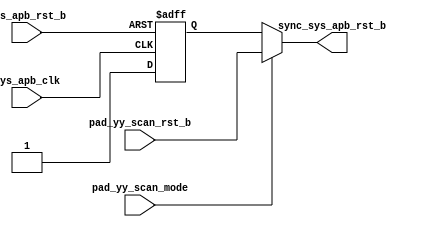
/*Copyright 2020-2021 T-Head Semiconductor Co., Ltd.

Licensed under the Apache License, Version 2.0 (the "License");
you may not use this file except in compliance with the License.
You may obtain a copy of the License at

    http://www.apache.org/licenses/LICENSE-2.0

Unless required by applicable law or agreed to in writing, software
distributed under the License is distributed on an "AS IS" BASIS,
WITHOUT WARRANTIES OR CONDITIONS OF ANY KIND, either express or implied.
See the License for the specific language governing permissions and
limitations under the License.
*/

module tdt_dmi_rst_top(
  sys_apb_clk,
  sys_apb_rst_b,
  pad_yy_scan_mode,
  pad_yy_scan_rst_b,
  sync_sys_apb_rst_b
                    );

  input sys_apb_clk;
  input sys_apb_rst_b;
  input pad_yy_scan_mode;
  input pad_yy_scan_rst_b;
  output sync_sys_apb_rst_b;

  wire sync_sys_apb_rst_b;
  wire async_apb_rst_b;
  reg sys_apb_rst_ff_1st;

assign async_apb_rst_b = sys_apb_rst_b;

always @(posedge sys_apb_clk or negedge async_apb_rst_b)
begin
  if (!async_apb_rst_b)
    sys_apb_rst_ff_1st <= 1'b0;
  else
    sys_apb_rst_ff_1st <= 1'b1;
end

assign sync_sys_apb_rst_b = pad_yy_scan_mode ? pad_yy_scan_rst_b : sys_apb_rst_ff_1st;

endmodule